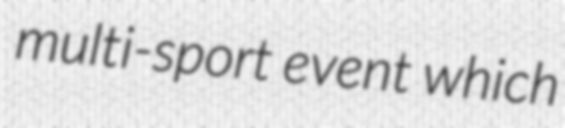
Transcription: multi-sport event which